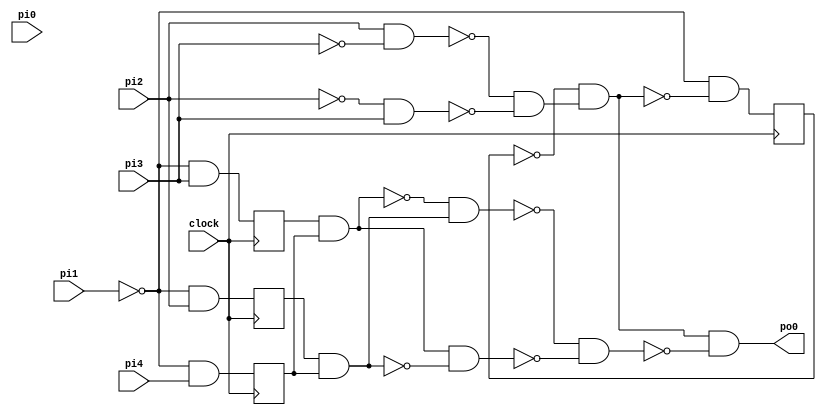
// Benchmark "noninterference" written by ABC on Thu May 23 11:27:11 2024

module noninterference ( clock, 
    pi0, pi1, pi2, pi3, pi4,
    po0  );
  input  clock;
  input  pi0, pi1, pi2, pi3, pi4;
  output po0;
  reg lo0, lo1, lo2, lo3, lo4;
  wire new_n22, new_n23, new_n24, new_n25, new_n30, new_n31, new_n32,
    new_n33, new_n34, li0, li1, li2, li3, li4;
  assign new_n22 = pi2 & ~pi3;
  assign new_n23 = ~pi2 & pi3;
  assign new_n24 = ~new_n22 & ~new_n23;
  assign new_n25 = ~lo0 & new_n24;
  assign li0 = ~pi1 & ~new_n25;
  assign li1 = ~pi1 & pi2;
  assign li2 = ~pi1 & pi3;
  assign li3 = ~pi1 & pi4;
  assign new_n30 = lo2 & lo4;
  assign new_n31 = lo1 & lo3;
  assign new_n32 = ~new_n30 & new_n31;
  assign new_n33 = new_n30 & ~new_n31;
  assign new_n34 = ~new_n32 & ~new_n33;
  assign po0 = new_n25 & ~new_n34;
  assign li4 = li3;
  always @ (posedge clock) begin
    lo0 <= li0;
    lo1 <= li1;
    lo2 <= li2;
    lo3 <= li3;
    lo4 <= li4;
  end
  initial begin
    lo0 <= 1'b0;
    lo1 <= 1'b0;
    lo2 <= 1'b0;
    lo3 <= 1'b0;
    lo4 <= 1'b0;
  end
endmodule